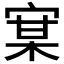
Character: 𰍇